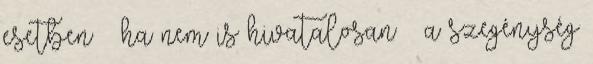
esetben – ha nem is hivatalosan – a szegénység